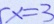
x = 3